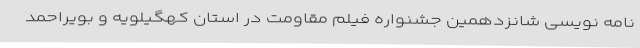
نامه نویسی شانزدهمین جشنواره فیلم مقاومت در استان کهگیلویه و بویراحمد